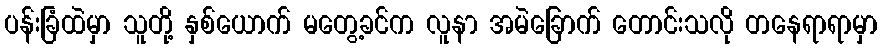
ပန်းခြံထဲမှာ သူတို့ နှစ်ယောက် မတွေ့ခင်က လူနာ အမဲခြောက် တောင်းသလို တနေရာရာမှာ